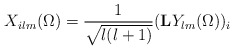
\begin{align*}X_{ilm}(\Omega) = \frac{1}{\sqrt{l(l+1)}} ({\rm{\bf L}} Y_{lm}(\Omega))_i\end{align*}